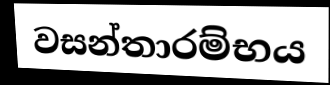
වසන්තාරම්භය